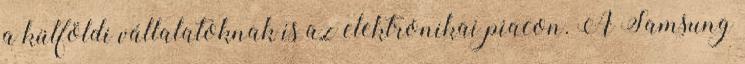
a külföldi vállalatoknak is az elektronikai piacon. A Samsung